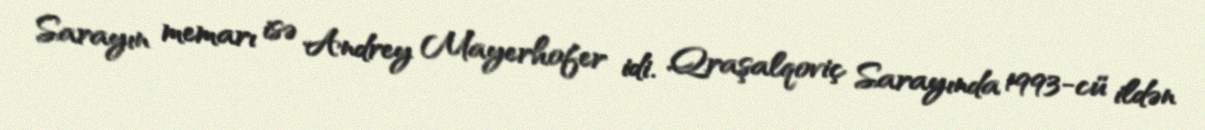
Sarayın memarı isə Andrey Mayerhofer idi. Qraşalqoviç Sarayında 1993-cü ildən